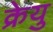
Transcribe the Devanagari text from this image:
क्रेयु